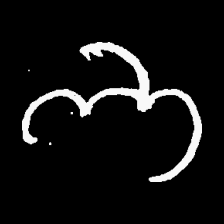
Pyu character \u2014 Myanmar letter: ဘ (romanized: bha)